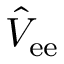
\hat { V } _ { \mathrm { e e } }